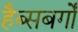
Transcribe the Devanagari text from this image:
हैब्सबर्गों